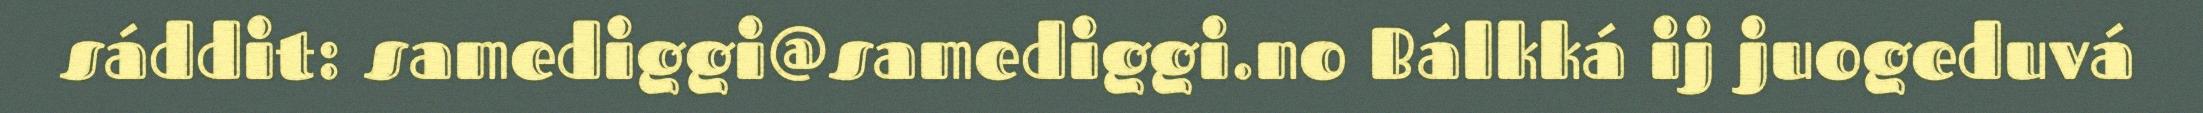
sáddit: samediggi@samediggi.no Bálkká ij juogeduvá